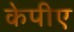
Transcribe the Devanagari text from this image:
केपीए